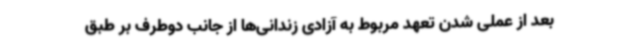
بعد از عملی شدن تعهد مربوط به آزادی زندانی‌ها از جانب دوطرف بر طبق